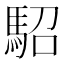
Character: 駋